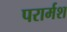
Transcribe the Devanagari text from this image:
परार्मश